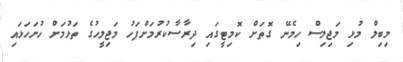
މިބިލް މުޅި މަޖިލިސް ހިމެނޭ ގޮތަށް ކޮމިޓީގައި ދިރާސާކުރުމަށްފަހު މަޖިލީހުގެ ތަޅުމަށް ހުށަހަޅައި